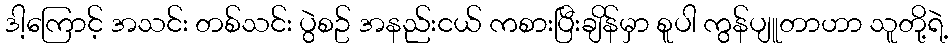
ဒါ့ကြောင့် အသင်း တစ်သင်း ပွဲစဥ် အနည်းငယ် ကစားပြီးချိန်မှာ စူပါ ကွန်ပျူတာဟာ သူတို့ရဲ့